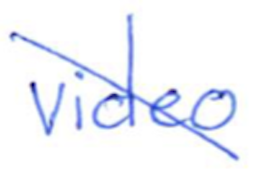
Text: video
Cross-out: diagonal
Writing tool: ballpoint